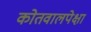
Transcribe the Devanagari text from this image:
कोतवालपेक्षा